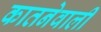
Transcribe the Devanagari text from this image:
कातनेवाली